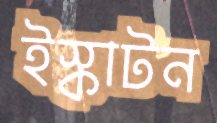
ইস্কাটন